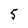
Character: 5